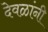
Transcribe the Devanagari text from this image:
देवळांनी